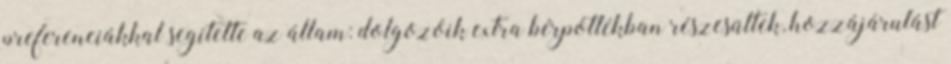
preferenciákkal segítette az állam: dolgozóik extra bérpótlékban részesültek, hozzájárulást